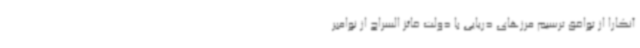
آنکارا از توافق ترسیم مرزهای دریایی با دولت فائز السراج از نوامبر